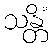
သန္တိံ